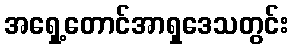
အရှေ့တောင်အာရှဒေသတွင်း